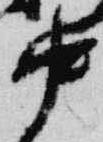
中